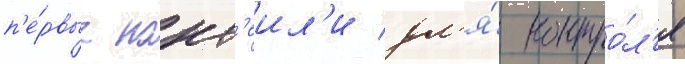
п'е́рвые кокт'еил'и дл'я́ контро́л'я